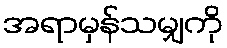
အရာမှန်သမျှကို